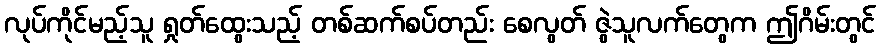
လုပ်ကိုင်မည့်သူ ရှုတ်ထွေးသည့် တစ်ဆက်စပ်တည်း စေလွတ် ဇွဲသူလက်တွေက ဤဂိမ်းတွင်